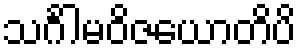
သင်္ဂါမဝိဇယောတိပိ